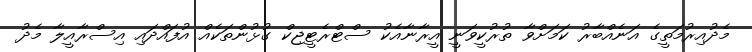
މެދުއިރުމަތީގެ އަނެއްބާރު ކަމަށްވާ ތުރުކީވަނީ އީރާނާއެކު ސްޓްރެޓީޖިކް ގުޅުންތަކެއް އުފައްދައި އިސްރާއީލާ މެދު